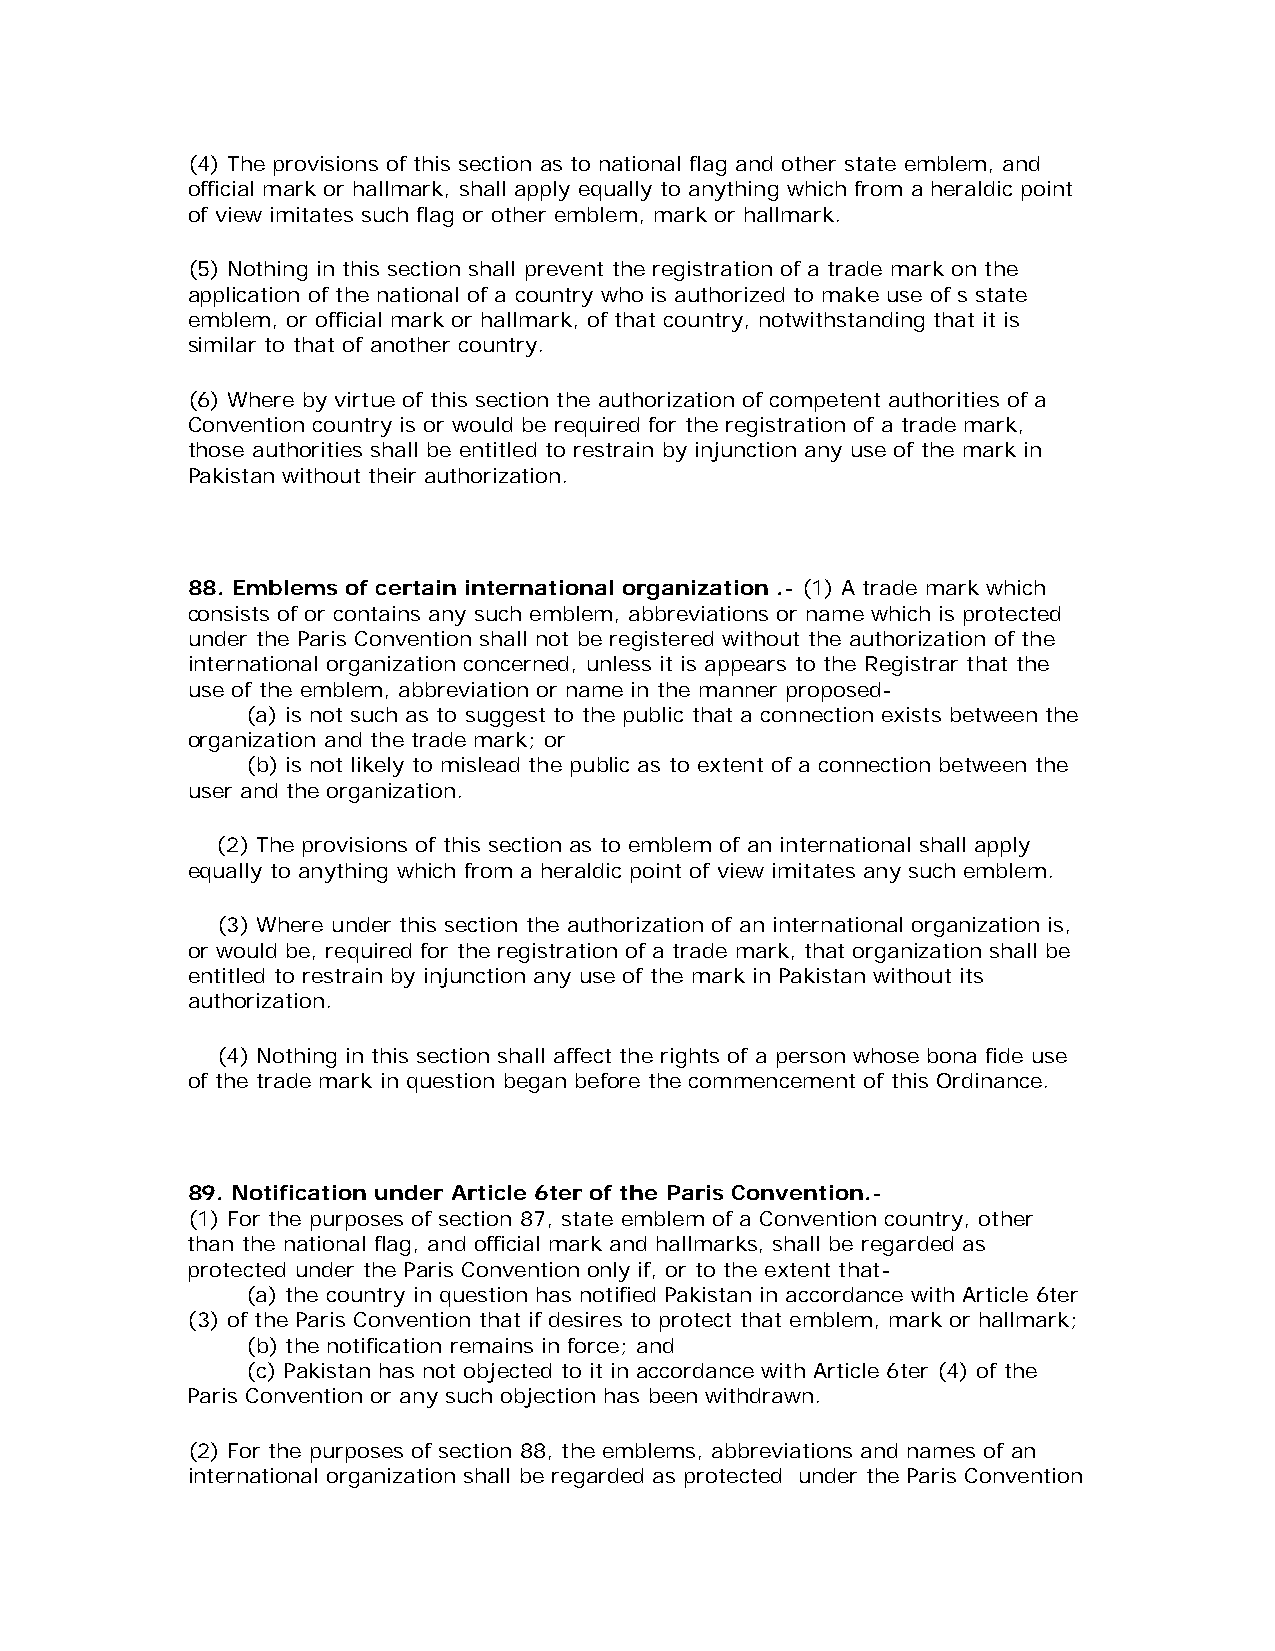
(4) The provisions of this section as to national flag and other state emblem, and
 official mark or hallmark, shall apply equally to anything which from a heraldic point
 of view imitates such flag or other emblem, mark or hallmark.
 (5) Nothing in this section shall prevent the registration of a trade mark on the
 application of the national of a country who is authorized to make use of s state
 emblem, or official mark or hallmark, of that country, notwithstanding that it is
 similar to that of another country.
 (6) Where by virtue of this section the authorization of competent authorities of a
 Convention country is or would be required for the registration of a trade mark,
 those authorities shall be entitled to restrain by injunction any use of the mark in
 Pakistan without their authorization.
 88. Emblems of certain international organization .- (1) A trade mark which
 consists of or contains any such emblem, abbreviations or name which is protected
 under the Paris Convention shall not be registered without the authorization of the
 international organization concerned, unless it is appears to the Registrar that the
 use of the emblem, abbreviation or name in the manner proposed-
 (a) is not such as to suggest to the public that a connection exists between the
 organization and the trade mark; or
 (b) is not likely to mislead the public as to extent of a connection between the
 user and the organization.
 (2) The provisions of this section as to emblem of an international shall apply
 equally to anything which from a heraldic point of view imitates any such emblem.
 (3) Where under this section the authorization of an international organization is,
 or would be, required for the registration of a trade mark, that organization shall be
 entitled to restrain by injunction any use of the mark in Pakistan without its
 authorization.
 (4) Nothing in this section shall affect the rights of a person whose bona fide use
 of the trade mark in question began before the commencement of this Ordinance.
 89. Notification under Article 6ter of the Paris Convention.-
 (1) For the purposes of section 87, state emblem of a Convention country, other
 than the national flag, and official mark and hallmarks, shall be regarded as
 protected under the Paris Convention only if, or to the extent that-
 (a) the country in question has notified Pakistan in accordance with Article 6ter
 (3) of the Paris Convention that if desires to protect that emblem, mark or hallmark;
 (b) the notification remains in force; and
 (c) Pakistan has not objected to it in accordance with Article 6ter (4) of the
 Paris Convention or any such objection has been withdrawn.
 (2) For the purposes of section 88, the emblems, abbreviations and names of an
 international organization shall be regarded as protected under the Paris Convention